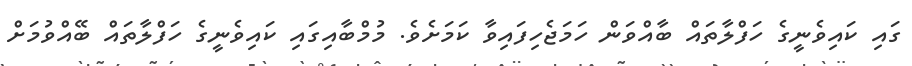
ގައި ކައިވެނީގެ ހަފްލާތައް ބާއްވަން ހަމަޖެހިފައިވާ ކަމަށެވެ. މުމްބާއިގައި ކައިވެނީގެ ހަފްލާތައް ބޭއްވުމަށް